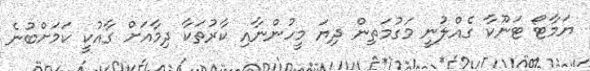
ޔަމާޓޯ ޓަނޫކާ ގެއްލުނީ މަގުމަތިން ދިޔަ މީހުންނާއި ކާރުތަކާ ދިމާއަށް ގާއުކީ ކަމަށްބުނެ